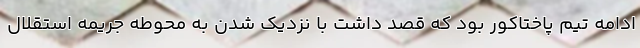
ادامه تیم پاختاکور بود که قصد داشت با نزدیک شدن به محوطه جریمه استقلال